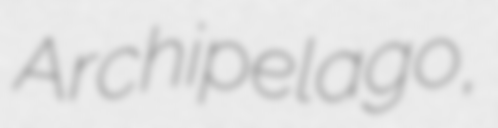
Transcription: Archipelago,